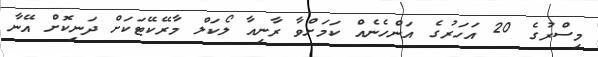
މިސްރުގެ 20 އަހަރުގެ އަންހެނެއް ކަމަށްވާ ރާނިއާ ލޯކަލް މާރޭކޭޓަކަށް ދަނިކޮށް އޭނާ